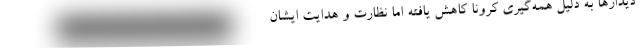
دیدارها به دلیل همه‌گیری کرونا کاهش یافته اما نظارت و هدایت ایشان